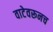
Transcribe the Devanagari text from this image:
वाटेवरूनच